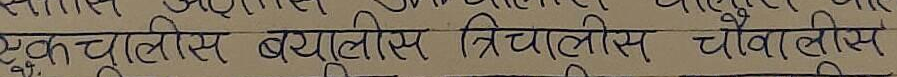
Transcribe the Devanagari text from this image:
एकचूलिस बयूलिस त्रिचालिस चौवालीस